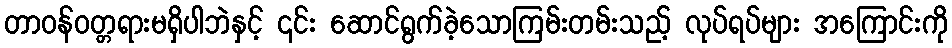
တာဝန်ဝတ္တရားမရှိပါဘဲနှင့် ၎င်း ဆောင်ရွက်ခဲ့သောကြမ်းတမ်းသည့် လုပ်ရပ်များ အကြောင်းကို